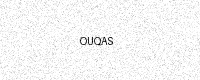
Text: OUQAS